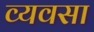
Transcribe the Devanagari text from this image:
व्यवसा